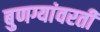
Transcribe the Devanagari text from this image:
बुणग्यांवरती